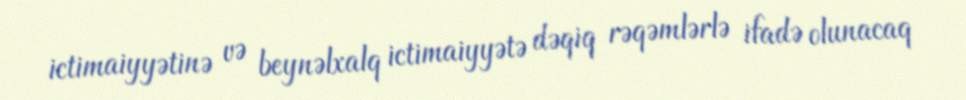
ictimaiyyətinə və beynəlxalq ictimaiyyətə dəqiq rəqəmlərlə ifadə olunacaq